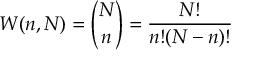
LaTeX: W ( n , N ) = { \binom { N } { n } } = { \frac { N ! } { n ! ( N - n ) ! } }